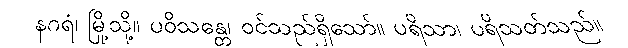
နဂရံ၊ မြို့သို့။ ပဝိသန္တေ၊ ဝင်သည်ရှိသော်။ ပရိသာ၊ ပရိသတ်သည်။